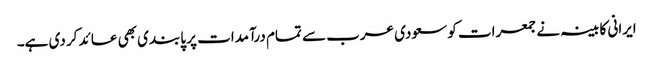
ایرانی کابینہ نے جمعرات کو سعودی عرب سے تمام درآمدات پر پابندی بھی عائد کر دی ہے۔